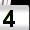
Digit: 4